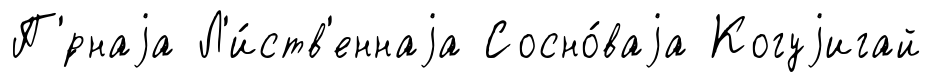
П'́рнаjа Л'и́ств'еннаjа Сосно́ваjа Когуjигай